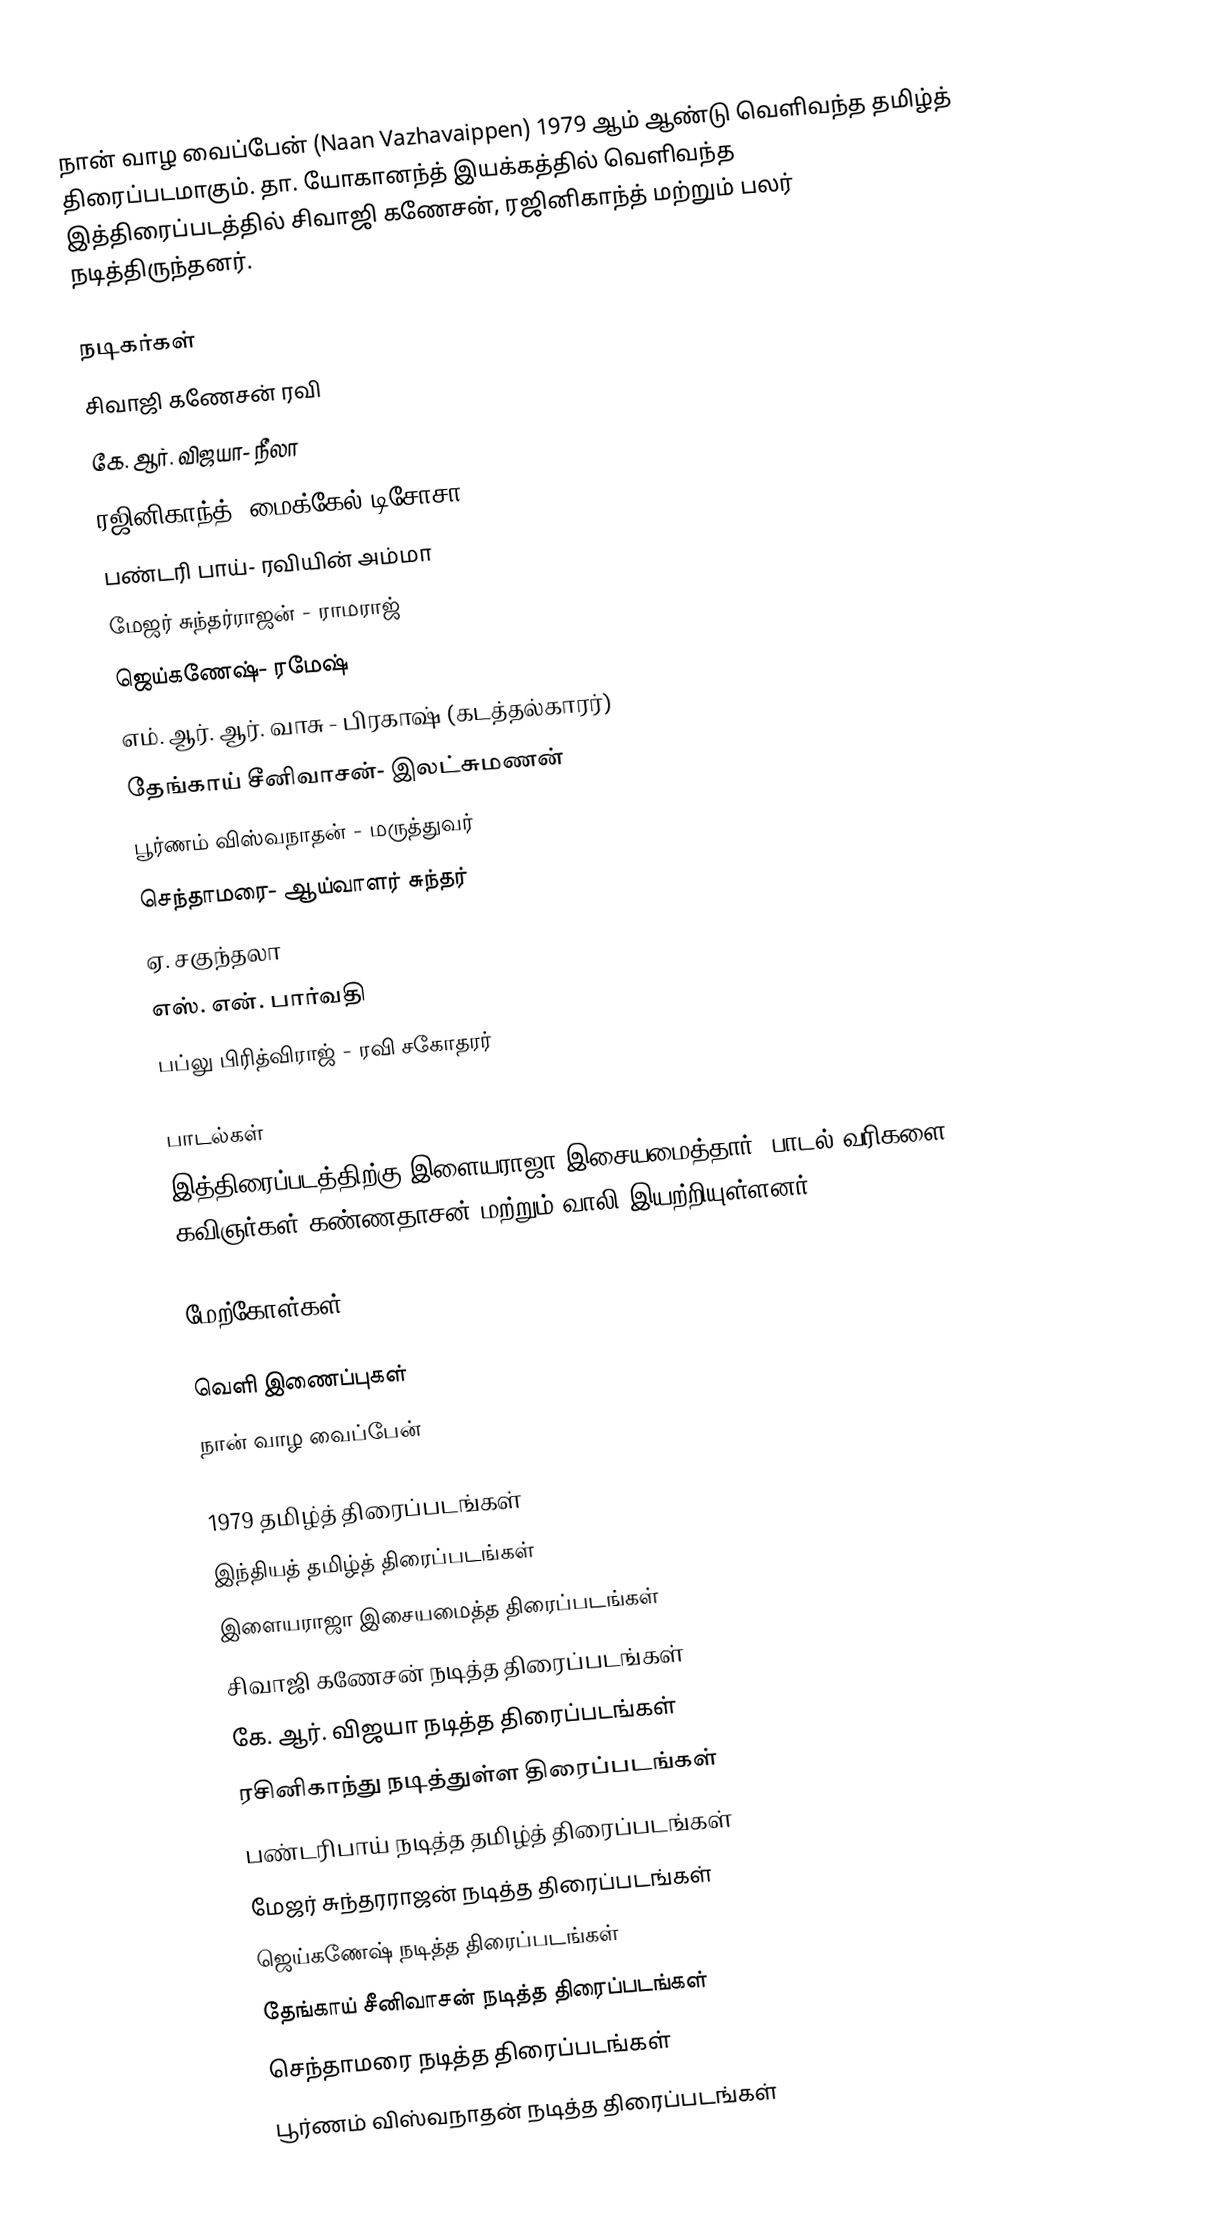
நான் வாழ வைப்பேன் (Naan Vazhavaippen) 1979 ஆம் ஆண்டு வெளிவந்த தமிழ்த் திரைப்படமாகும். தா. யோகானந்த் இயக்கத்தில் வெளிவந்த இத்திரைப்படத்தில் சிவாஜி கணேசன், ரஜினிகாந்த் மற்றும் பலர் நடித்திருந்தனர்.

நடிகர்கள்
 சிவாஜி கணேசன் ரவி
 கே. ஆர். விஜயா- நீலா
 ரஜினிகாந்த்- மைக்கேல் டிசோசா
 பண்டரி பாய்- ரவியின் அம்மா
 மேஜர் சுந்தர்ராஜன் - ராமராஜ்
 ஜெய்கணேஷ்- ரமேஷ்
 எம். ஆர். ஆர். வாசு - பிரகாஷ் (கடத்தல்காரர்)
 தேங்காய் சீனிவாசன்- இலட்சுமணன்
 பூர்ணம் விஸ்வநாதன் - மருத்துவர்
 செந்தாமரை- ஆய்வாளர் சுந்தர்
 ஏ. சகுந்தலா
 எஸ். என். பார்வதி
 பப்லு பிரித்விராஜ் - ரவி சகோதரர்

பாடல்கள்
இத்திரைப்படத்திற்கு இளையராஜா இசையமைத்தார். பாடல் வரிகளை கவிஞர்கள் கண்ணதாசன் மற்றும் வாலி இயற்றியுள்ளனர்.

மேற்கோள்கள்

வெளி இணைப்புகள்
 நான் வாழ வைப்பேன்

1979 தமிழ்த் திரைப்படங்கள்
இந்தியத் தமிழ்த் திரைப்படங்கள்
இளையராஜா இசையமைத்த திரைப்படங்கள்
சிவாஜி கணேசன் நடித்த திரைப்படங்கள்
கே. ஆர். விஜயா நடித்த திரைப்படங்கள்
ரசினிகாந்து நடித்துள்ள திரைப்படங்கள்
பண்டரிபாய் நடித்த தமிழ்த் திரைப்படங்கள்
மேஜர் சுந்தரராஜன் நடித்த திரைப்படங்கள்
ஜெய்கணேஷ் நடித்த திரைப்படங்கள்
தேங்காய் சீனிவாசன் நடித்த திரைப்படங்கள்
செந்தாமரை நடித்த திரைப்படங்கள்
பூர்ணம் விஸ்வநாதன் நடித்த திரைப்படங்கள்